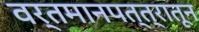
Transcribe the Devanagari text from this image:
वर्तमानपत्त्रातून